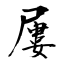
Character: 屢